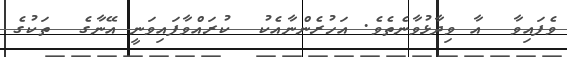
ވެފައިވާ  އާ ވިދާޅުވާނެތެވެ. އަހުރެންނާއެކު  ކުރައްވާފައިވަނީ އޭނާގެ  ތަކުގެ